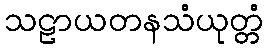
သဠာယတနသံယုတ္တံ